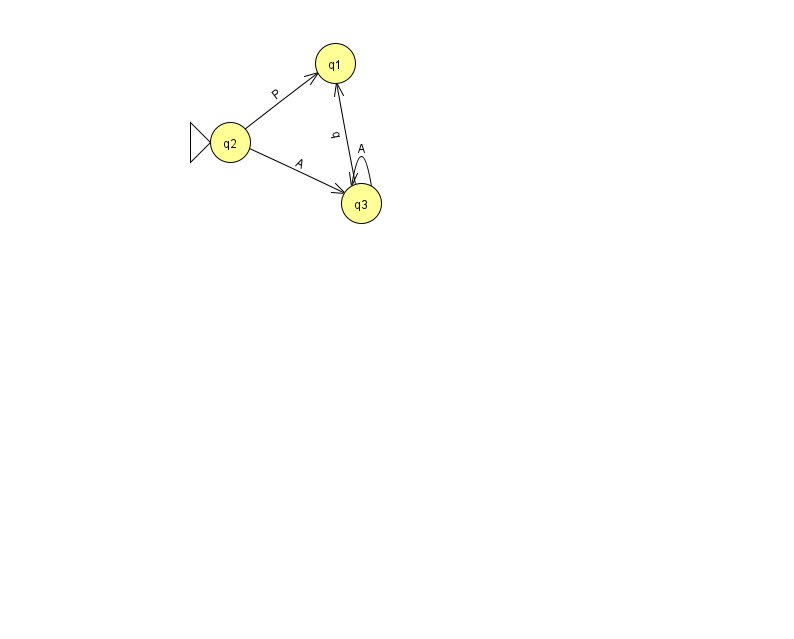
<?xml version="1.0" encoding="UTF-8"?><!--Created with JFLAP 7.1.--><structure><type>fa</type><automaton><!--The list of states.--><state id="1" name="q1"><x>335.0</x><y>50.0</y></state><state id="2" name="q2"><x>230.0</x><y>129.0</y><initial/></state><state id="3" name="q3"><x>361.0</x><y>190.0</y></state><!--The list of transitions.--><transition><from>3</from><to>3</to><read>A</read></transition><transition><from>2</from><to>3</to><read>A</read></transition><transition><from>2</from><to>1</to><read>P</read></transition><transition><from>3</from><to>1</to><read>q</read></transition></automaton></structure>